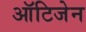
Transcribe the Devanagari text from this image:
ऑटिजेन